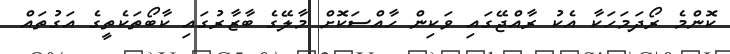
ކޮންމެ ރޯދަމަހަކާ އެކު ރާއްޖޭގައި ވަކިން ހާއްސަކޮށް މާލޭގެ ބާޒާރުގައި ކާބޯތަކެތީގެ އަގުތައް